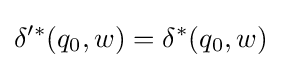
\delta '^{*}(q_{0},w)=\delta ^{*}(q_{0},w)